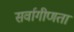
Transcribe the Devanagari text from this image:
सर्वागीणता